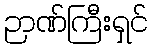
ဉာဏ်ကြီးရှင်